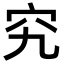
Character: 究